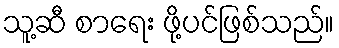
သူ့ဆီ စာရေး ဖို့ပင်ဖြစ်သည်။